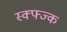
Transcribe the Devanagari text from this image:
स्क्फ्ज्क